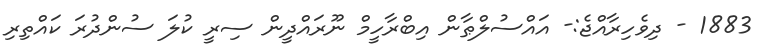
1883 - ދިވެހިރާއްޖެ:- އައްސުލްޠާން އިބްރާހީމް ނޫރައްދީން ސިރީ ކުލަ ސުންދުރަ ކައްތިރި